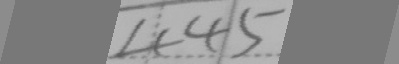
4 4 5